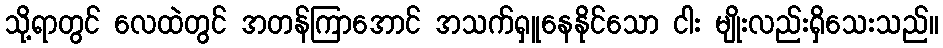
သို့ရာတွင် လေထဲတွင် အတန်ကြာအောင် အသက်ရှူနေနိုင်သော ငါး မျိုးလည်းရှိသေးသည်။